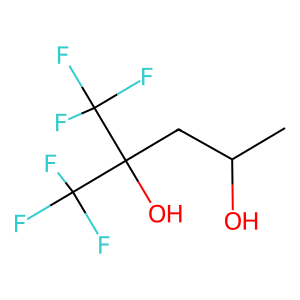
SMILES: CC(O)CC(O)(C(F)(F)F)C(F)(F)F
Inhibits HIV replication: No